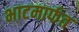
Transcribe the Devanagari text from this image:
भाटमार्फत